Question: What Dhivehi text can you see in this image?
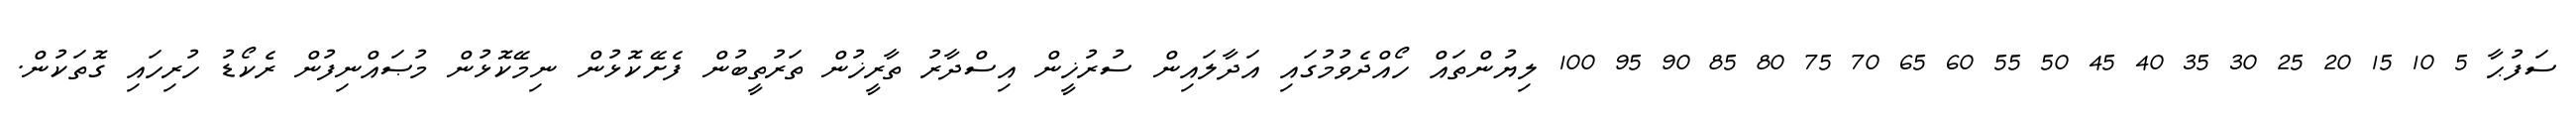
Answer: ސަފުޙާ 5 10 15 20 25 30 35 40 45 50 55 60 65 70 75 80 85 90 95 100 ލިޔުންތައް ހޯއްދެވުމުގައި އަދާލައިން ސުރުޚީން އިސްދާރު ތާރީޚުން ތަރުތީބުން ފެށޭކޮޅުން ނިމޭކޮޅުން މުޞައްނިފުން ރެކޯޑު ހުރިހައި ގޮތަކުން.